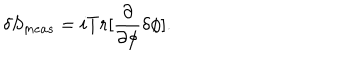
LaTeX: \delta S _ { m e a s } = i T r [ \frac { \partial } { \partial \phi } \delta \phi ] .